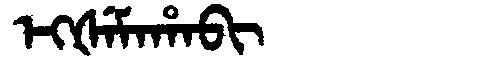
Manchu: ᡝᡴᡧᡝᠮᠠᡥᠠᠪᡳ
Romanization: EKŠEMAHABI